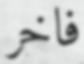
فاخر